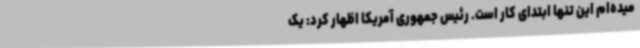
میده‌ام این تنها ابتدای کار است. رئیس جمهوری آمریکا اظهار کرد: یک